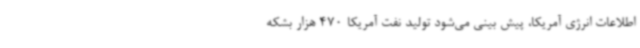
اطلاعات انرژی آمریکا، پیش بینی می‌شود تولید نفت آمریکا 470 هزار بشکه